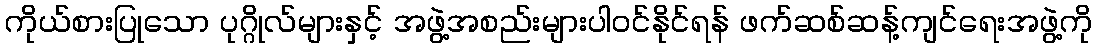
ကိုယ်စားပြုသော ပုဂ္ဂိုလ်များနှင့် အဖွဲ့အစည်းများပါဝင်နိုင်ရန် ဖက်ဆစ်ဆန့်ကျင်ရေးအဖွဲ့ကို